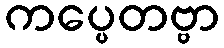
ကပ္ပေတဗ္ဗာ